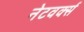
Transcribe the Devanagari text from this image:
नेटवर्क्‍स